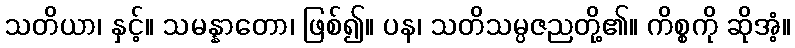
သတိယာ၊ နှင့်။ သမန္နာတော၊ ဖြစ်၍။ ပန၊ သတိသမ္ပဇညတို့၏။ ကိစ္စကို ဆိုအံ့။